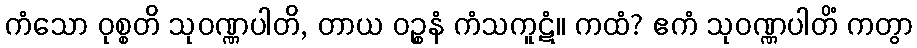
ကံသော ဝုစ္စတိ သုဝဏ္ဏပါတိ, တာယ ဝဉ္စနံ ကံသကူဋံ။ ကထံ? ဧကံ သုဝဏ္ဏပါတိံ ကတွာ